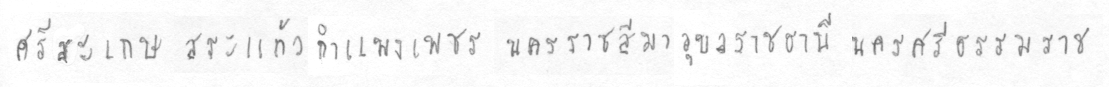
ศรีสะเกษสระแก้วกำแพงเพชรนครราชสีมาอุลราชธานีนครศรีธรรมราช